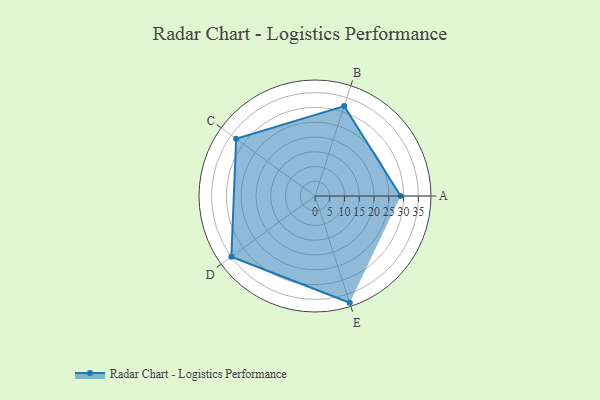
{"axis": {"x": "Skill", "y": "Score"}, "legend": ["Profile"], "data": [{"x": "A", "y": 29.0, "type": "Profile"}, {"x": "B", "y": 32.0, "type": "Profile"}, {"x": "C", "y": 33.0, "type": "Profile"}, {"x": "D", "y": 35.0, "type": "Profile"}, {"x": "E", "y": 38.0, "type": "Profile"}]}